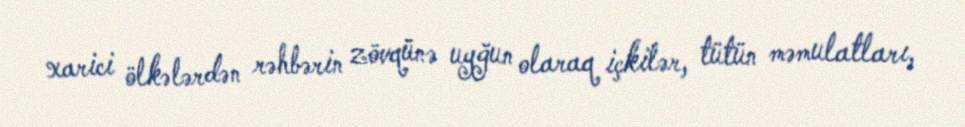
xarici ölkələrdən rəhbərin zövqünə uyğun olaraq içkilər, tütün məmulatları,